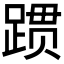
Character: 𬦻